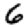
Digit: 6